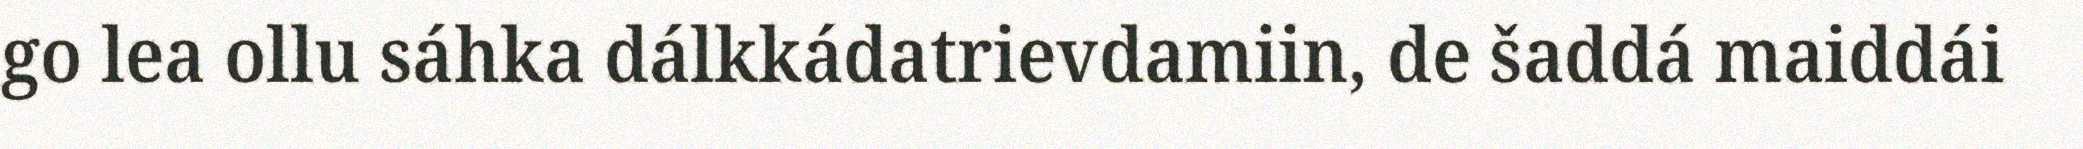
go lea ollu sáhka dálkkádatrievdamiin, de šaddá maiddái